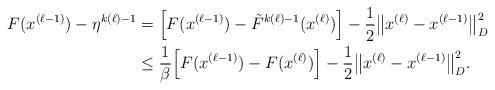
LaTeX: \begin{align*}F(x^{(\ell-1)}) - \eta^{k(\ell)-1} &= \Big[F(x^{(\ell-1)}) - \tilde{F}^{k(\ell)-1}(x^{(\ell)})\Big]- \frac{1}{2}\big\|x^{(\ell)} - x^{(\ell-1)}\big\|_D^2\\ &\leq \frac{1}{\beta}\Big[F(x^{(\ell-1)}) - F(x^{(\ell)})\Big] - \frac{1}{2}\big\|x^{(\ell)} - x^{(\ell-1)}\big\|_D^2.\end{align*}